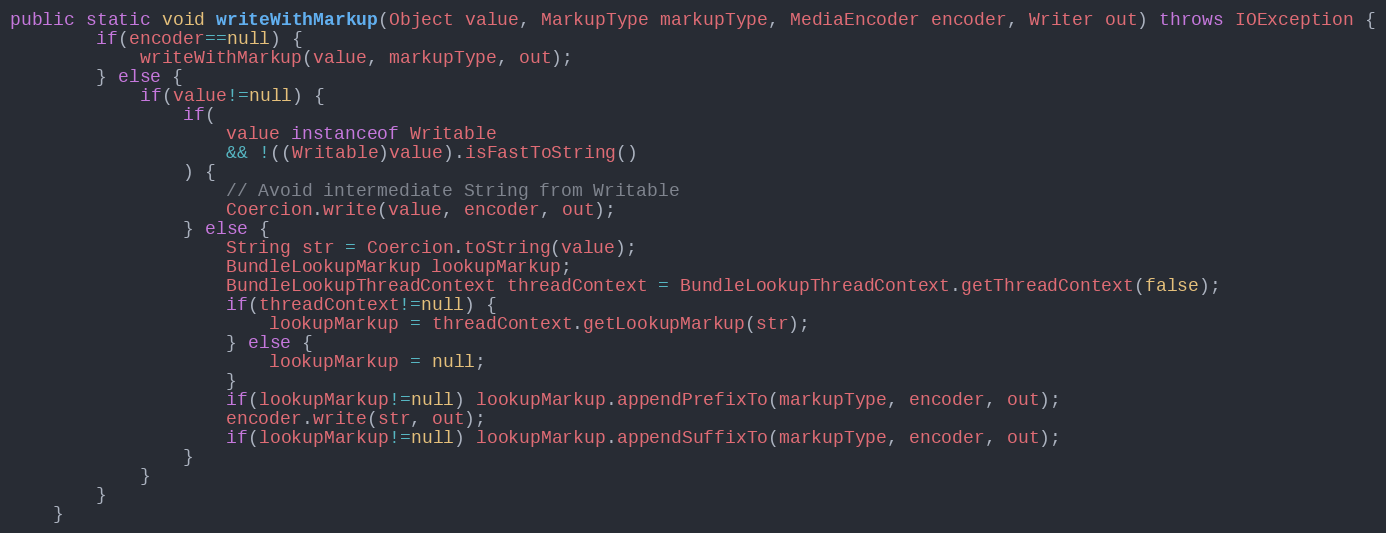
Language: Java
public static void writeWithMarkup(Object value, MarkupType markupType, MediaEncoder encoder, Writer out) throws IOException {
		if(encoder==null) {
			writeWithMarkup(value, markupType, out);
		} else {
			if(value!=null) {
				if(
					value instanceof Writable
					&& !((Writable)value).isFastToString()
				) {
					// Avoid intermediate String from Writable
					Coercion.write(value, encoder, out);
				} else {
					String str = Coercion.toString(value);
					BundleLookupMarkup lookupMarkup;
					BundleLookupThreadContext threadContext = BundleLookupThreadContext.getThreadContext(false);
					if(threadContext!=null) {
						lookupMarkup = threadContext.getLookupMarkup(str);
					} else {
						lookupMarkup = null;
					}
					if(lookupMarkup!=null) lookupMarkup.appendPrefixTo(markupType, encoder, out);
					encoder.write(str, out);
					if(lookupMarkup!=null) lookupMarkup.appendSuffixTo(markupType, encoder, out);
				}
			}
		}
	}